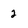
Character: 2